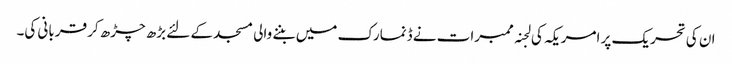
ان کی تحریک پر امریکہ کی لجنہ ممبرات نے ڈنمارک میں بننے والی مسجد کے لئے بڑھ چڑھ کر قربانی کی۔